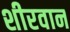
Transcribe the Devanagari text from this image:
शीरवान